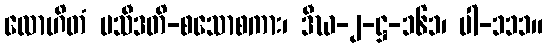
လောဟိတံ ပသီဒတိ-စသောစကား၊ ဒီဃ-၂-ဋ္ဌ-၁၆၁၊ ပါ-၁၁၁။